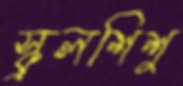
স্কুলশিশু